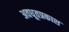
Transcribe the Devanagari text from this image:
अवधूतप्रकाश